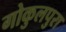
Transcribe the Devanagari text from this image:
गोकुलपुरा